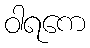
ဝါရကေ